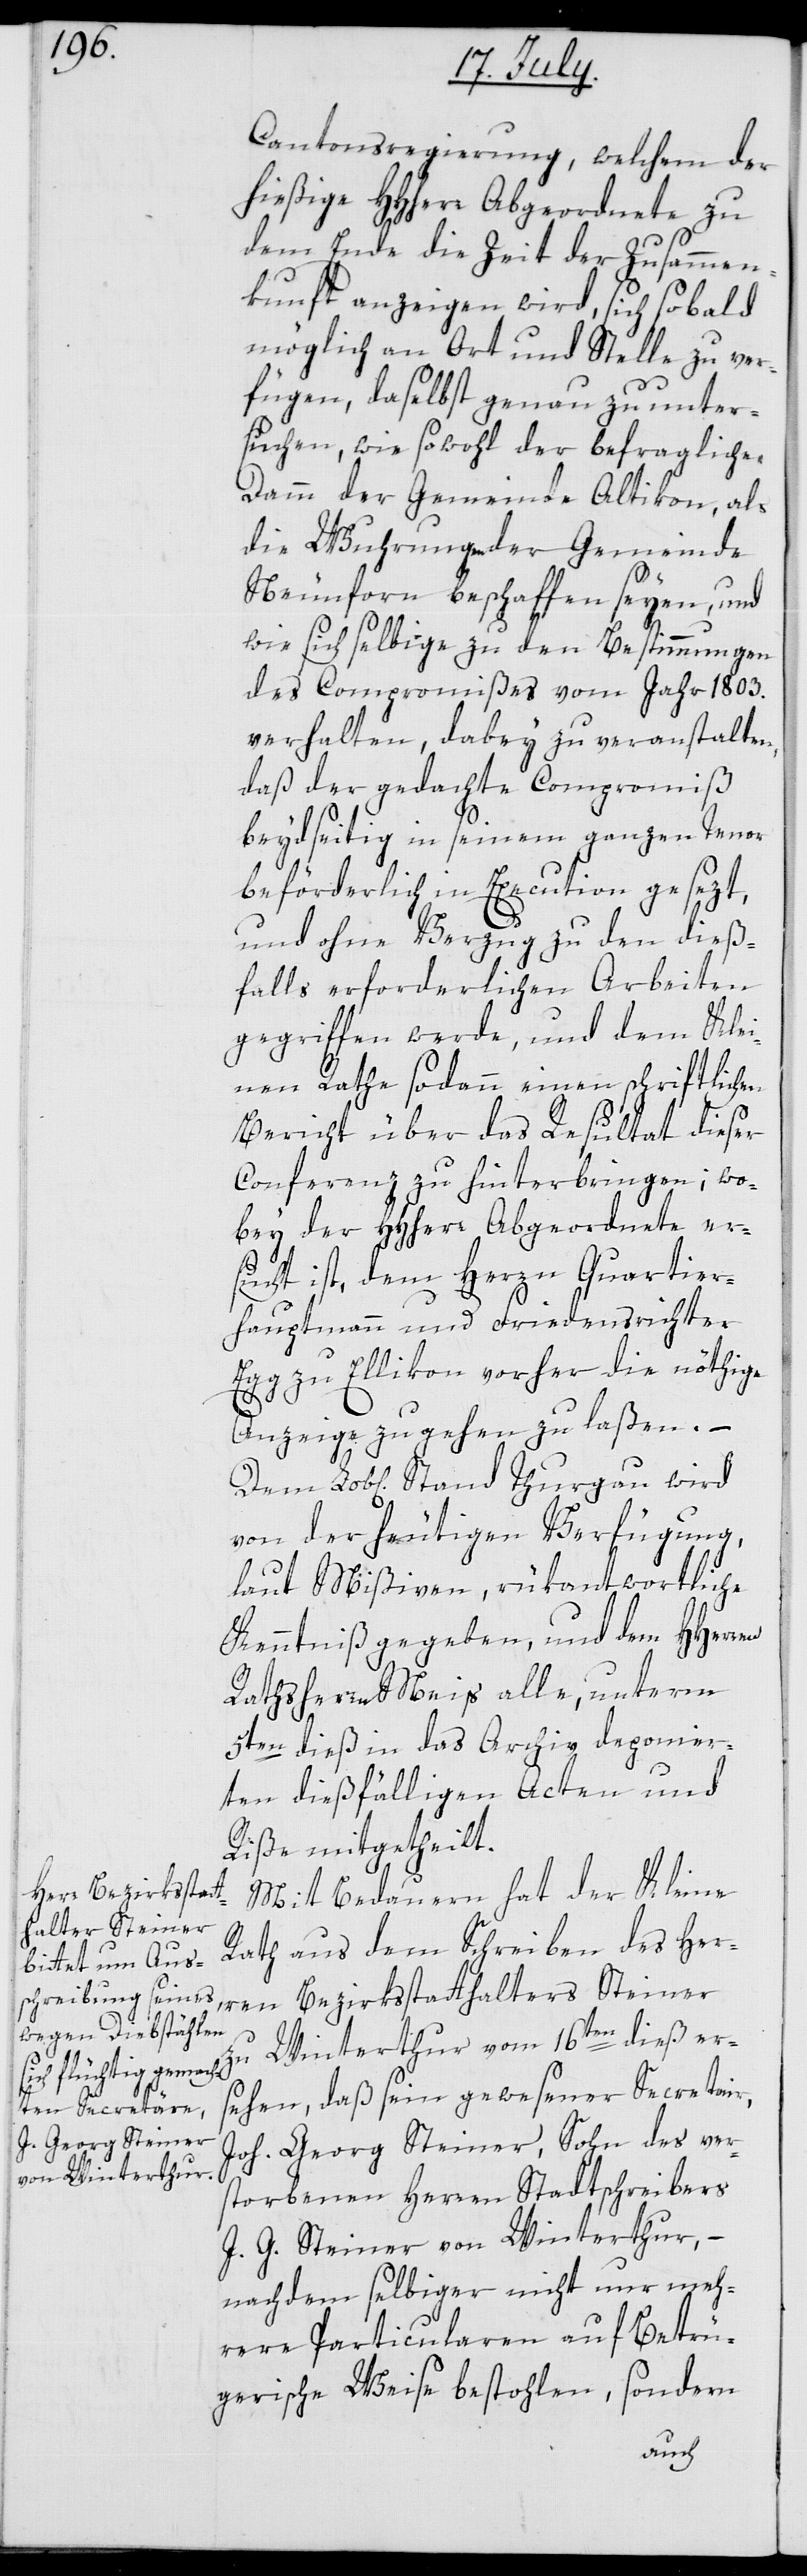
Lob[lic¬
Cantonsregierung, welchem der
hießige HHherr Abgeordnete zu
dem Ende die Zeit der Zusammen¬
kunft anzeigen wird, sich sobald
möglich an Ort und Stelle zu ver¬
fügen, daselbst genau zu unter¬
suchen, wie sowohl der befragliche
Damm der Gemeinde Altikon, als
die Wuhrungen der Gemeinde
Neunforn beschaffen seyen, und
wie sich selbige zu den Bestimmungen
des Compromißes vom Jahr 1803.
verhalten, dabey zu veranstalten,
daß der gedachte Compromiß
beydseitig in seinem ganzen Tenor
beförderlich in Execution gesezt,
und ohne Verzug zu den dieß¬
falls erforderlichen Arbeiten
gegriffen werde, und dem Klei¬
nen Rathe sodann einen schriftlichen
Bericht über das Resultat dieser
Conferenz zu hinterbringen; wo¬
bey der HHherr Abgeordnete er¬
sucht ist, dem Herren Quartier¬
hauptmann und Friedensrichter
Egg zu Ellikon vorher die nöthige
Anzeige zugehen zu laßen. –
hen] Stand Thurgau wird
von der heutigen Verfügung,
laut Mißiven, rükantwortliche
Kenntniß gegeben, und dem HHerren
Rathsherr Meis alle, unterm
5ten dieß in das Archiv deponier¬
ten dießfälligen Acten und
Riße mitgetheilt.
Mit Bedauern hat der Kleine
Rath aus dem Schreiben des Her¬
ren Bezirksstatthalters Steiner
zu Winterthur vom 16ten dieß er¬
sehen, daß sein gewesener Sectretair,
Joh. Georg Steiner, Sohn des ver¬
storbenen Herren Stadtschreibers
J. G. Steiner von Winterthur, –
nachdem selbiger nicht nur meh¬
rere Particularen auf Betrü¬
gerische Weise bestohlen, sondern